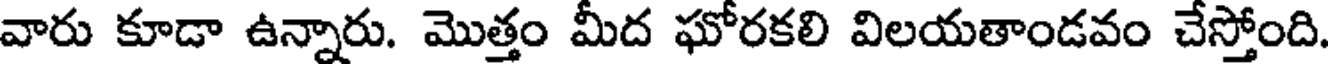
వారు కూడా ఉన్నారు. మొత్తం మీద ఘోరకలి విలయతాండవం చేస్తోంది